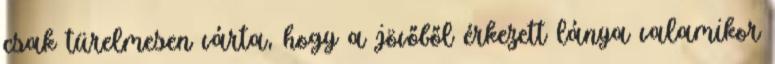
csak türelmesen várta, hogy a jövőből érkezett lánya valamikor